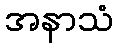
အနာသံ